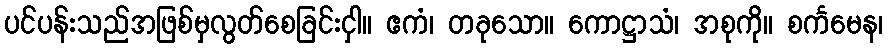
ပင်ပန်းသည်အဖြစ်မှလွတ်စေခြင်းငှါ။ ဧကံ၊ တခုသော။ ကောဋ္ဌာသံ၊ အစုကို။ စင်္ကမေန၊